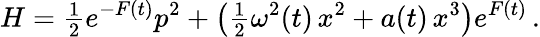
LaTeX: H={\textstyle\frac{1}{2}}e^{-F(t)}p^{2}+\big({\textstyle\frac{1}{2}}\omega^{2}(t)\, x^{2}+a(t)\, x^{3}\big)e^{F(t)}\, .